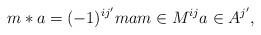
LaTeX: \begin{align*}m*a=(-1)^{ij'}ma m\in M^{ij}a\in A^{j'},\end{align*}